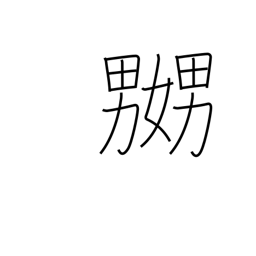
Meaning: tease